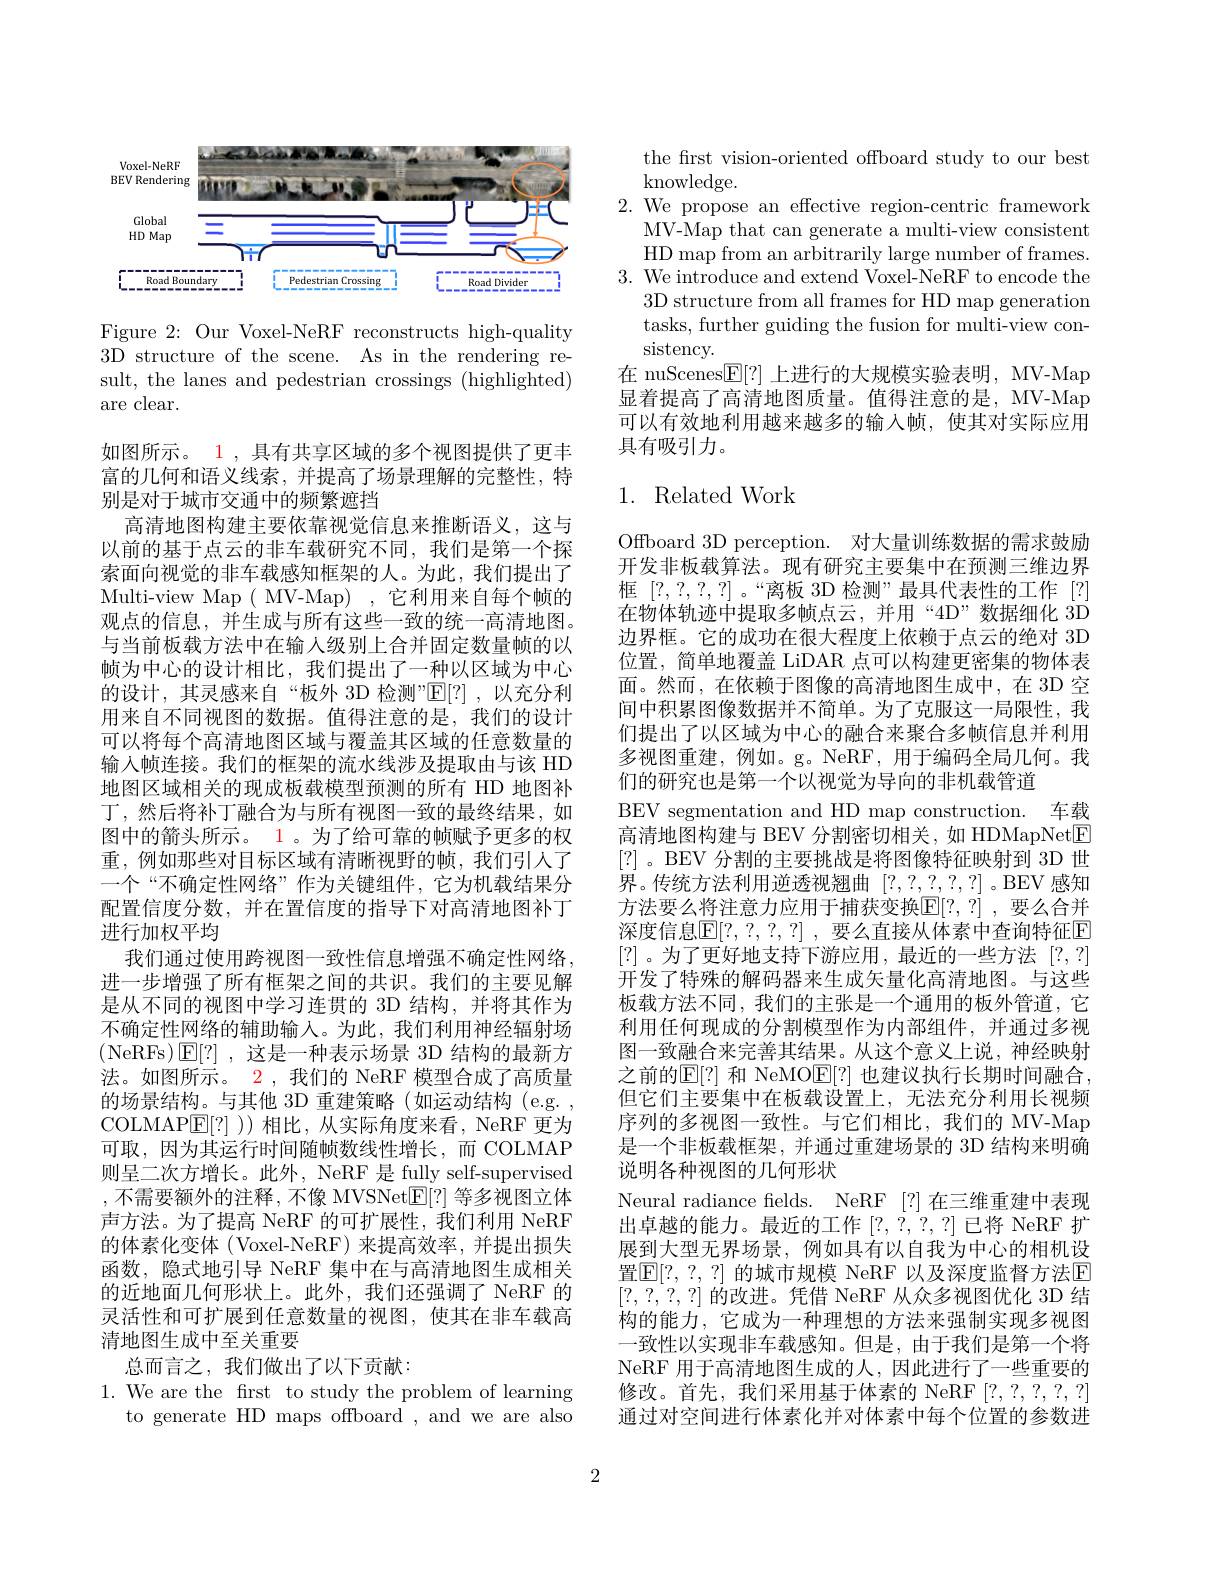
<FigureHere>

Figure 2: Our Voxel-NeRF reconstructs high-quality 3D structure of the scene. As in the rendering result, the lanes and pedestrian crossings (highlighted) are clear.

如图所示。1 , 具有共享区域的多个视图提供了更丰富的几何和语义线索，并提高了场景理解的完整性，特别是对于城市交通中的频繁遮挡
高清地图构建主要依靠视觉信息来推断语义，这与以前的基于点云的非车载研究不同，我们是第一个探索面向视觉的非车载感知框架的人。为此，我们提出了Multi-view Map ( MV-Map) ,它利用来自每个帧的观点的信息，并生成与所有这些一致的统一高清地图。与当前板载方法中在输入级别上合并固定数量帧的以帧为中心的设计相比，我们提出了一种以区域为中心的设计，其灵感来自“板外 3D 检测”$\mathbb{E}[?]$,以充分利用来自不同视图的数据。值得注意的是，我们的设计可以将每个高清地图区域与覆盖其区域的任意数量的输入帧连接。我们的框架的流水线涉及提取由与该 HD 地图区域相关的现成板载模型预测的所有 HD 地图补丁，然后将补丁融合为与所有视图一致的最终结果，如图中的箭头所示。1 。为了给可靠的帧赋予更多的权重，例如那些对目标区域有清晰视野的帧，我们引人了一个“不确定性网络”作为关键组件，它为机载结果分配置信度分数，并在置信度的指导下对高清地图补丁进行加权平均
我们通过使用跨视图一致性信息增强不确定性网络， 进一步增强了所有框架之间的共识。我们的主要见解是从不同的视图中学习连贯的 3D 结构，并将其作为不确定性网络的辅助输入。为此，我们利用神经辐射场(NeRFs$)\boxtimes[?]$,这是一种表示场景 3D 结构的最新方法。如图所示。2, 我们的 NeRF 模型合成了高质量的场景结构。与其他 3D 重建策略(如运动结构(e.g., COLMAP$\underline{\mathrm{E}}[?]$ ))相比，从实际角度来看，NeRF 更为可取，因为其运行时间随帧数线性增长，而 COLMAP 则呈二次方增长。此外，NeRF 是 fully self-supervised ,不需要额外的注释，不像 MVSNet$\mathbb{E}[?]$ 等多视图立体声方法。为了提高 NeRF 的可扩展性，我们利用 NeRF 的体素化变体(Voxel-NeRF)来提高效率，并提出损失函数，隐式地引导 NeRF 集中在与高清地图生成相关的近地面几何形状上。此外，我们还强调了 NeRF 的灵活性和可扩展到任意数量的视图，使其在非车载高清地图生成中至关重要
总而言之，我们做出了以下贡献：
1. We are the frst to study the problem of learning
to generate HD maps offboard , and we are also

the frst vision-oriented offboard study to our best
knowledge.
2. We propose an effective region-centric framework
MV-Map that can generate a multi-view consistent HD map from an arbitrarily large number of frames.
3. We introduce and extend Voxel-NeRF to encode the
3D structure from all frames for HD map generation tasks, further guiding the fusion for multi-view consistency.
在 nuScenes$\overline{\mathbb{E}}[?]$上进行的大规模实验表明，MV-Map 显着提高了高清地图质量。值得注意的是，MV-Map 可以有效地利用越来越多的输入帧，使其对实际应用具有吸引力。

# 1. Related Work

Offboard 3D perception. 对大量训练数据的需求鼓励开发非板载算法。现有研究主要集中在预测三维边界框[?,?,?,?] 。“离板 3D 检测”最具代表性的工作 [?] 在物体轨迹中提取多帧点云，并用“4D”数据细化 3D 边界框。它的成功在很大程度上依赖于点云的绝对 3D 位置，简单地覆盖 LiDAR 点可以构建更密集的物体表面。然而，在依赖于图像的高清地图生成中，在 3D 空间中积累图像数据并不简单。为了克服这一局限性，我们提出了以区域为中心的融合来聚合多帧信息并利用多视图重建，例如。g。NeRF,用于编码全局几何。我们的研究也是第一个以视觉为导向的非机载管道
BEV segmentation and HD map construction. 车载高清地图构建与 BEV 分割密切相关，如 HDMapNet$\boxed{\mathrm{F}}$ [?] 。BEV 分割的主要挑战是将图像特征映射到 3D 世界。传统方法利用逆透视翘曲[?,?,?,?,?] 。BEV 感知方法要么将注意力应用于捕获变换$\mathbb{E}[?,?]$ ,要么合并深度信息$\mathbb{E}[?,?,?,?]$ ,要么直接从体素中查询特征E [?]。为了更好地支持下游应用，最近的一些方法[?,?] 开发了特殊的解码器来生成矢量化高清地图。与这些板载方法不同，我们的主张是一个通用的板外管道，它利用任何现成的分割模型作为内部组件，并通过多视图一致融合来完善其结果。从这个意义上说，神经映射之前的$\mathbb{E}[?]$ 和 NeMO$\mathbb{E}[?]$ 也建议执行长期时间融合， 但它们主要集中在板载设置上，无法充分利用长视频序列的多视图一致性。与它们相比，我们的 MV-Map 是一个非板载框架，并通过重建场景的 3D 结构来明确说明各种视图的几何形状
Neural radiance felds. NeRF [?]在三维重建中表现出卓越的能力。最近的工作[?,?,?,?]已将 NeRF 扩展到大型无界场景，例如具有以自我为中心的相机设置$\mathbb{E}[?,?,?]$ 的城市规模 NeRF 以及深度监督方法$\mathbb{E}$ [?,?,?,?]的改进。凭借 NeRF 从众多视图优化 3D 结构的能力，它成为一种理想的方法来强制实现多视图一致性以实现非车载感知。但是，由于我们是第一个将NeRF 用于高清地图生成的人，因此进行了一些重要的修改。首先，我们采用基于体素的 NeRF[?,?,?,?,?] 通过对空间进行体素化并对体素中每个位置的参数进

2